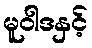
မူဝါဒနှင့်